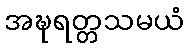
အဍ္ဎရတ္တသမယံ